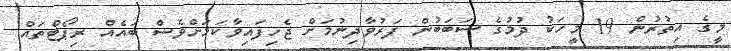
މީގެ އިތުރުން 19 މީހަކު ދުމުގެ ސަބަބުން ފަރުވާދިނުމަށް ޖެހިފައިވާކަމަށްވެސް ބައެއް ރިޕޯޓްތައް